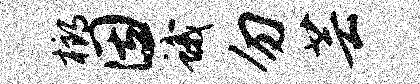
榔因蛾勿芸